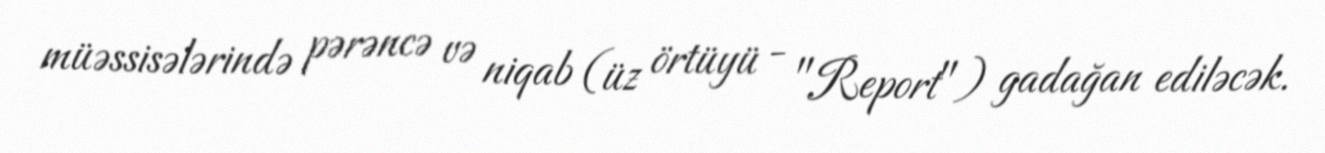
müəssisələrində pərəncə və niqab (üz örtüyü - "Report") gadağan ediləcək.